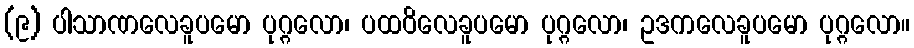
(၉) ပါသာဏလေခူပမော ပုဂ္ဂလော၊ ပထဝိလေခူပမော ပုဂ္ဂလော၊ ဥဒကလေခူပမော ပုဂ္ဂလော။